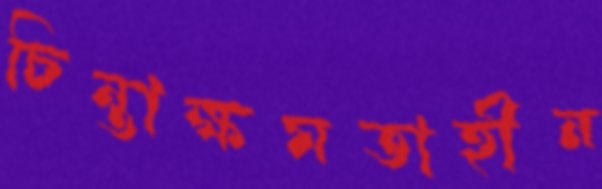
চিন্তাক্ষমতাহীন